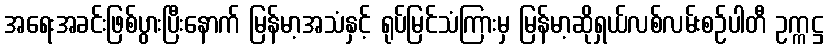
အရေးအခင်းဖြစ်ပွားပြီးနောက် မြန်မာ့အသံနှင့် ရုပ်မြင်သံကြားမှ မြန်မာ့ဆိုရှယ်လစ်လမ်းစဉ်ပါတီ ဥက္ကဋ္ဌ